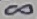
Text: 8